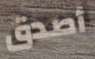
أصدق